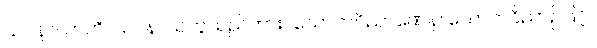
သဝနာယာတိ၊ သဝနာယဟူသည်ကား။ သောတဝိညာဏေန၊ သောတဝိညာဉ်ဖြင့်။